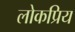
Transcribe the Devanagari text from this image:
लोकप्रिय